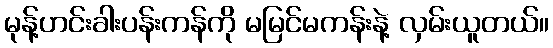
မုန့်ဟင်းခါးပန်းကန်ကို မမြင်မကန်းနဲ့ လှမ်းယူတယ်။